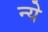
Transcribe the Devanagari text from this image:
न्‍ये